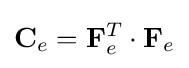
{\mathbf {C}}_{e}={\mathbf {F}}_{e}^{T}\cdot {\mathbf {F}}_{e}